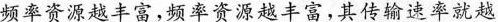
频率资源越丰富，频率资源越丰富，其传输速率就越